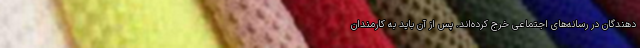
دهندگان در رسانه‌های اجتماعی خرج کرده‌اند. پس از آن باید به کارمندان